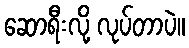
ဆောရီးလို့ လုပ်တာပဲ။